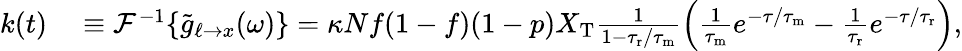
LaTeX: \begin{array}{rl}{k(t)}&{{}\equiv\mathcal{F}^{-1}\{ \tilde{g}_{\ell\to x}(\omega)\} =\kappa Nf(1-f)(1-p)X_{\mathrm{T}}\frac{1}{1-{\tau_{\mathrm{r}}}/{\tau_{\mathrm{m}}}}\left(\frac{1}{{\tau_{\mathrm{m}}}}e^{-\tau/{\tau_{\mathrm{m}}}}-\frac{1}{{\tau_{\mathrm{r}}}}e^{-\tau/{\tau_{\mathrm{r}}}}\right),}\end{array}